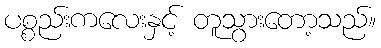
ပစ္စည်းကလေးနှင့် တူသွားတော့သည်။